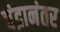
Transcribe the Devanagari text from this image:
चंद्रानंतर